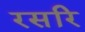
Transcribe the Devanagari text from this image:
रसरि